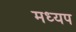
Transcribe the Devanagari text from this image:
मध्यप